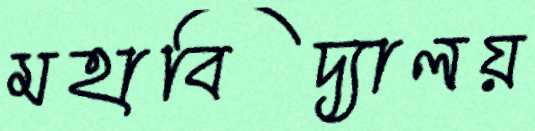
মহাবিদ্যালয়